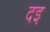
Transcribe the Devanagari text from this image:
दइ